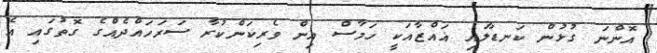
އޮންނަ ގުޅުން ކަނޑާލައި ޣައްޒާއަކީ ހަމާސް އިން ވެރިކަންކުރާ ސަރަހައްދެއްގެ ގޮތުގައި އެ